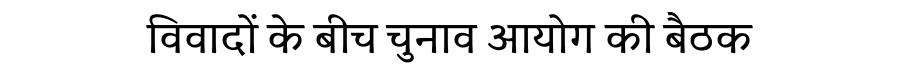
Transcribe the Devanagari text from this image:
विवादों के बीच चुनाव आयोग की बैठक